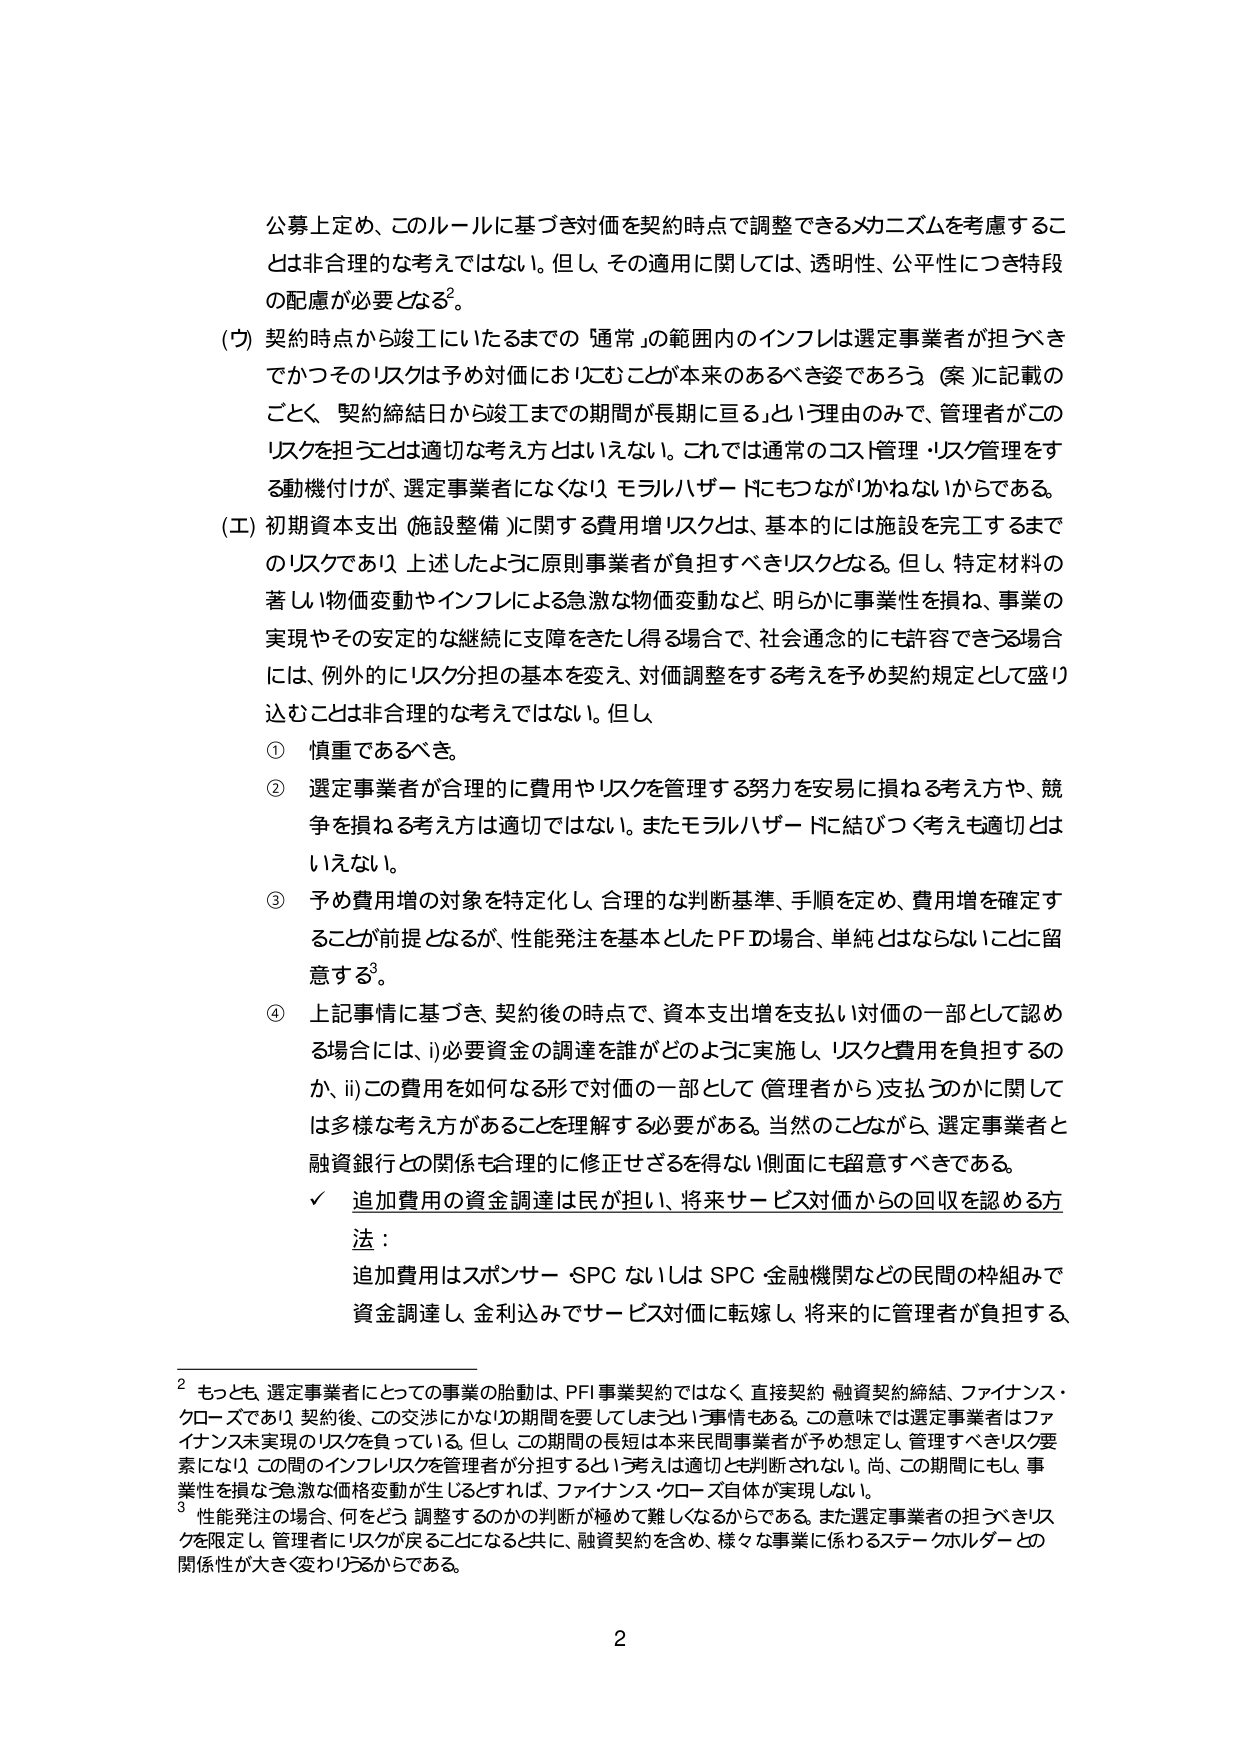
公募上定め、このルールに基づき対価を契約時点で調整できるメカニズムを考慮することとは非合理的な考えではない。但し、その適用に関しては、透明性、公平性につき特段の配慮が必要となる²。

(ウ) 契約時点から竣工にいたるまでの「通常」の範囲内のインフレは選定事業者が担うべきでかつそのリスクは予め対価においてむことが本来のあるべき姿であろう（案）に記載のごとく、「契約締結日から竣工までの期間が長期に亘る」という理由のみで、管理者がこのリスクを担うことは適切な考え方とはいえない。これでは通常のコスト管理・リスク管理をする動機付けが、選定事業者になくなり、モラルハザードにもつながりかねないからである。

(エ) 初期資本支出（施設整備）に関する費用増リスクとは、基本的には施設を完工するまでのリスクであり、上述したように原則事業者が負担すべきリスクとなる。但し、特定材料の著しい物価変動やインフレによる急激な物価変動など、明らかに事業性を損ね、事業の実現やその安定的な継続に支障をきたし得る場合で、社会通念的にも許容できる場合には、例外的にリスク分担の基本を変え、対価調整をする考えを予め契約規定として盛り込むことは非合理的な考えではない。但し、

① 慎重であるべき。

② 選定事業者が合理的に費用やリスクを管理する努力を安易に損ねる考え方や、競争を損ねる考え方は適切ではない。またモラルハザードに結びつく考えも適切とはいえない。

③ 予め費用増の対象を特定化し、合理的な判断基準、手順を定め、費用増を確定することが前提となるが、性能発注を基本としたPFIDの場合、単純とはならないことに留意する³。

④ 上記事情に基づき、契約後の時点で、資本支出増を支払い対価の一部として認める場合には、i) 必要資金の調達を誰がどのように実施し、リスクと費用を負担するのか、ii) この費用を如何なる形で対価の一部として（管理者から）支払うのかに関しては多様な考え方があることを理解する必要がある。当然のことながら、選定事業者と融資銀行との関係も合理的に修正せざるを得ない側面にも留意すべきである。

✓ 追加費用の資金調達は民が担い、将来サービス対価からの回収を認める方法：

追加費用はスポンサー・SPC ないしは SPC・金融機関などの民間の枠組みで資金調達し、金利込みでサービス対価に転嫁し、将来的に管理者が負担する。

² もっとも、選定事業者にとっての事業の胎動は、PFI事業契約ではなく、直接契約・融資契約締結、ファイナンス・クローズであり、契約後、この交渉にかなりの期間を要してしまうという事情もある。この意味では選定事業者はファイナンス未実現のリスクを負っている。但し、この期間の長短は本来民間事業者が予め想定し、管理すべきリスク要素になり、この間のインフレリスクを管理者が分担するという考えは適切とも判断されない。尚、この期間にもし、事業性を損なう急激な価格変動が生じるとなれば、ファイナンス・クローズ自体が実現しない。

³ 性能発注の場合、何をどう調整するのかの判断が極めて難しくなるからである。また選定事業者の担うべきリスクを限定し、管理者にリスクが戻ることになると共に、融資契約を含め、様々な事業に係わるステークホルダーとの関係性が大きく変わりうるからである。

2